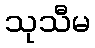
သုသီမ